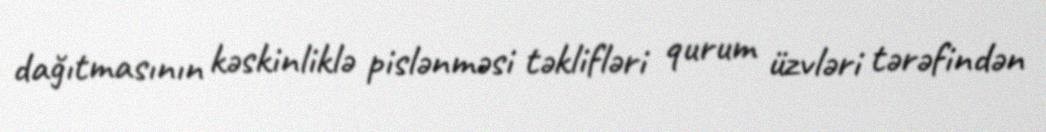
dağıtmasının kəskinliklə pislənməsi təklifləri qurum üzvləri tərəfindən